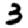
Digit: 3